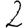
Digit: 2